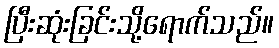
ပြီးဆုံးခြင်းသို့ရောက်သည်။